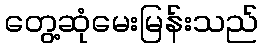
တွေ့ဆုံမေးမြန်းသည်